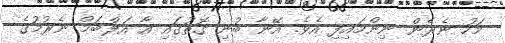
މަހު ނެރެން ނިންމައިފި އެވެ. އޭނާ ބުނި ގޮތުގައި އާ އަލްބަމް ނެރުމުގެ